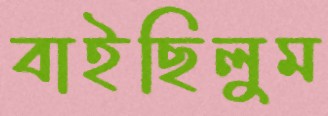
বাইছিলুম